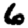
Digit: 6